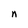
Character: n